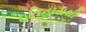
ઇતિહાસથી